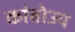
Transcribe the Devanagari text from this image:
कांबोज्य